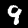
Label: 9